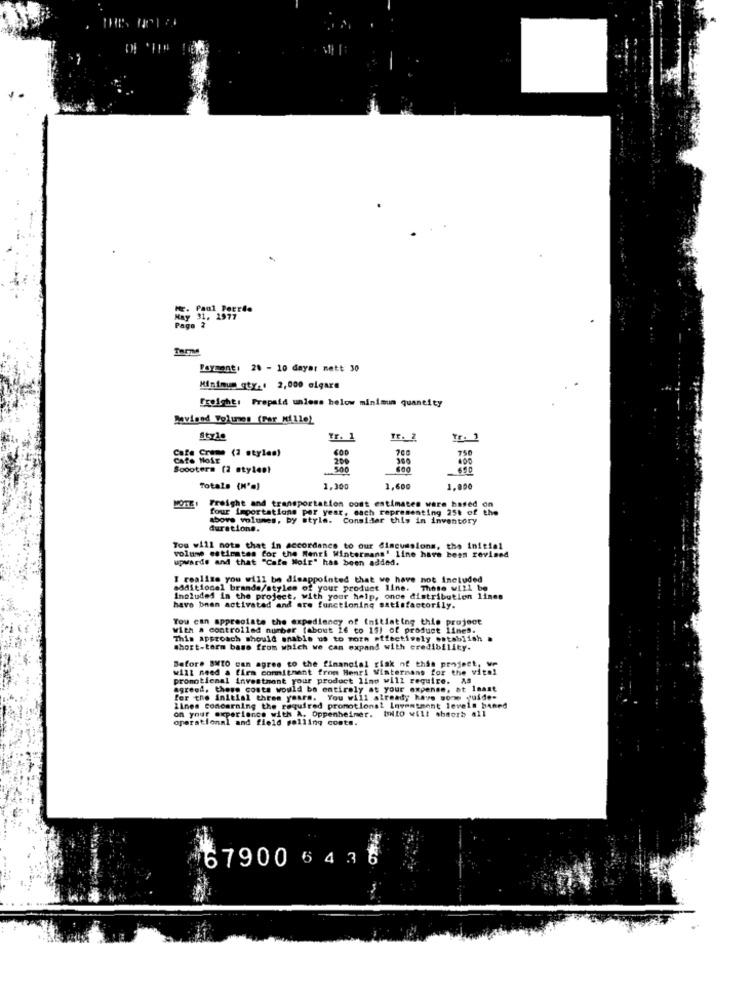
May 91. 2977
Payant: 28 - 10 dayar nett 30
Minimum qty -. 2,000 elgara
Freight: Prepaid unless below minimum quantity
Revised Volumen (Far Mille)
Yr. 1
Tr. 2
Tr. 3
Cafe Creme (2 styles)
600
Cafe Noir
200
Scooters (2 stylen}
500
650
Totals (N'.)
1,300
1,600
1,000
NOTE :
Freight and transportation oost estimates ware based on
four importations por year, each representing 25k of the
above volumes, by style. Consider this in inventory
durations.
Tog will nots that in accordance to our discussions, the initial
volume estimates for the Menri Wintermans' line have been revised
upwards and that "Cafe Noir" has been added.
I realise you will be disappointed that we have not included
additional brande/styles of your product line. Those will be
Included in the project, with your help, once distribution lines
have bnan activated and are functioning satisfactorily.
You can appreciate the expediency of initiating this project
with a controlled number (about 16 to 15) of product lines.
This approach should enable us to more effectively establish a
Short-term base from which we can expand with credibility.
Before SMTO can agree to the financial risk of this project, we
will need a firm commitment from Henri Wintermans for the vital
promotional investment your product limp will require. As
agreed. these costs would be entirely at your expense, at least
for the initial three years. You will already have some yuide-
on your experience with A. Oppenheimer. Imito will absorb all
Lines Concerning the required promotions! Investment levels baned
operational and field polling costs.
67900 6 4 3 6